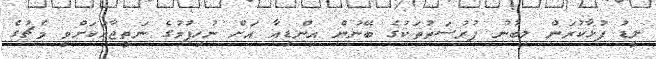
ލީޑު ފުޅާކުރަން ލިބުނު ފުރުސަތުތަކުގެ ބޭނުން އިންޑިއާ އަށް ނުހިފުމުގެ ނަތީޖާއަކަށްވީ މެޗުގެ